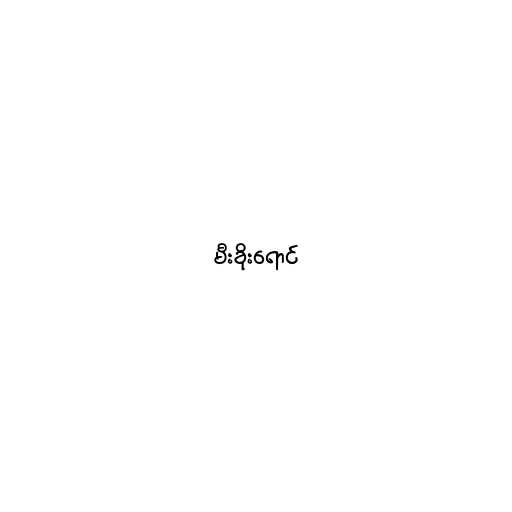
မီးခိုးရောင်